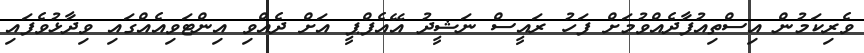
ވެރިކަމުން އިސްތިއުފާދެއްވުމަށް ފަހު ރައީސް ނަޝީދު އޭއެފްޕީ އަށް ދެއްވި އިންޓަވިއެއްގައި ވިދާޅުވެފައި